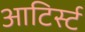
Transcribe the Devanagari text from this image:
आटिर्स्ट